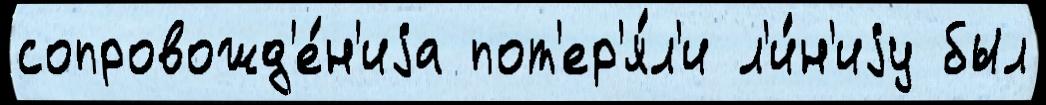
сопровожд'е́н'иjа пот'ер'я́л'и л'и́н'иjу был